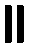
။